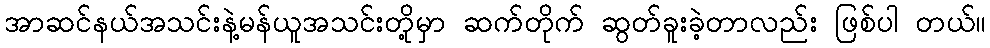
အာဆင်နယ်အသင်းနဲ့မန်ယူအသင်းတို့မှာ ဆက်တိုက် ဆွတ်ခူးခဲ့တာလည်း ဖြစ်ပါ တယ်။